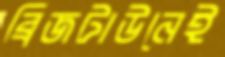
ব্রিজটাউনেই